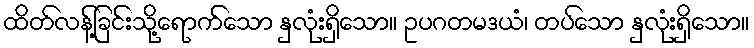
ထိတ်လန့်ခြင်းသို့ရောက်သော နှလုံးရှိသော။ ဥပဂတမဒယံ၊ တပ်သော နှလုံးရှိသော။